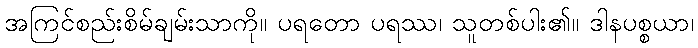
အကြင်စည်းစိမ်ချမ်းသာကို။ ပရတော ပရဿ၊ သူတစ်ပါး၏။ ဒါနပစ္စယာ၊